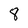
Character: 8